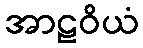
အာဠဝိယံ